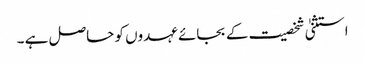
استثنیٰ شخصیت کے بجائے عہدوں کو حاصل ہے ۔